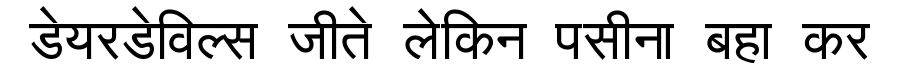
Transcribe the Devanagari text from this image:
डेयरडेविल्स जीते लेकिन पसीना बहा कर